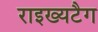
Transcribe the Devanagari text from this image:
राइख्यटैग